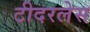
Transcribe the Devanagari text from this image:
टीदरलेस